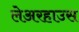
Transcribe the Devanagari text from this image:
लेअरहाउस